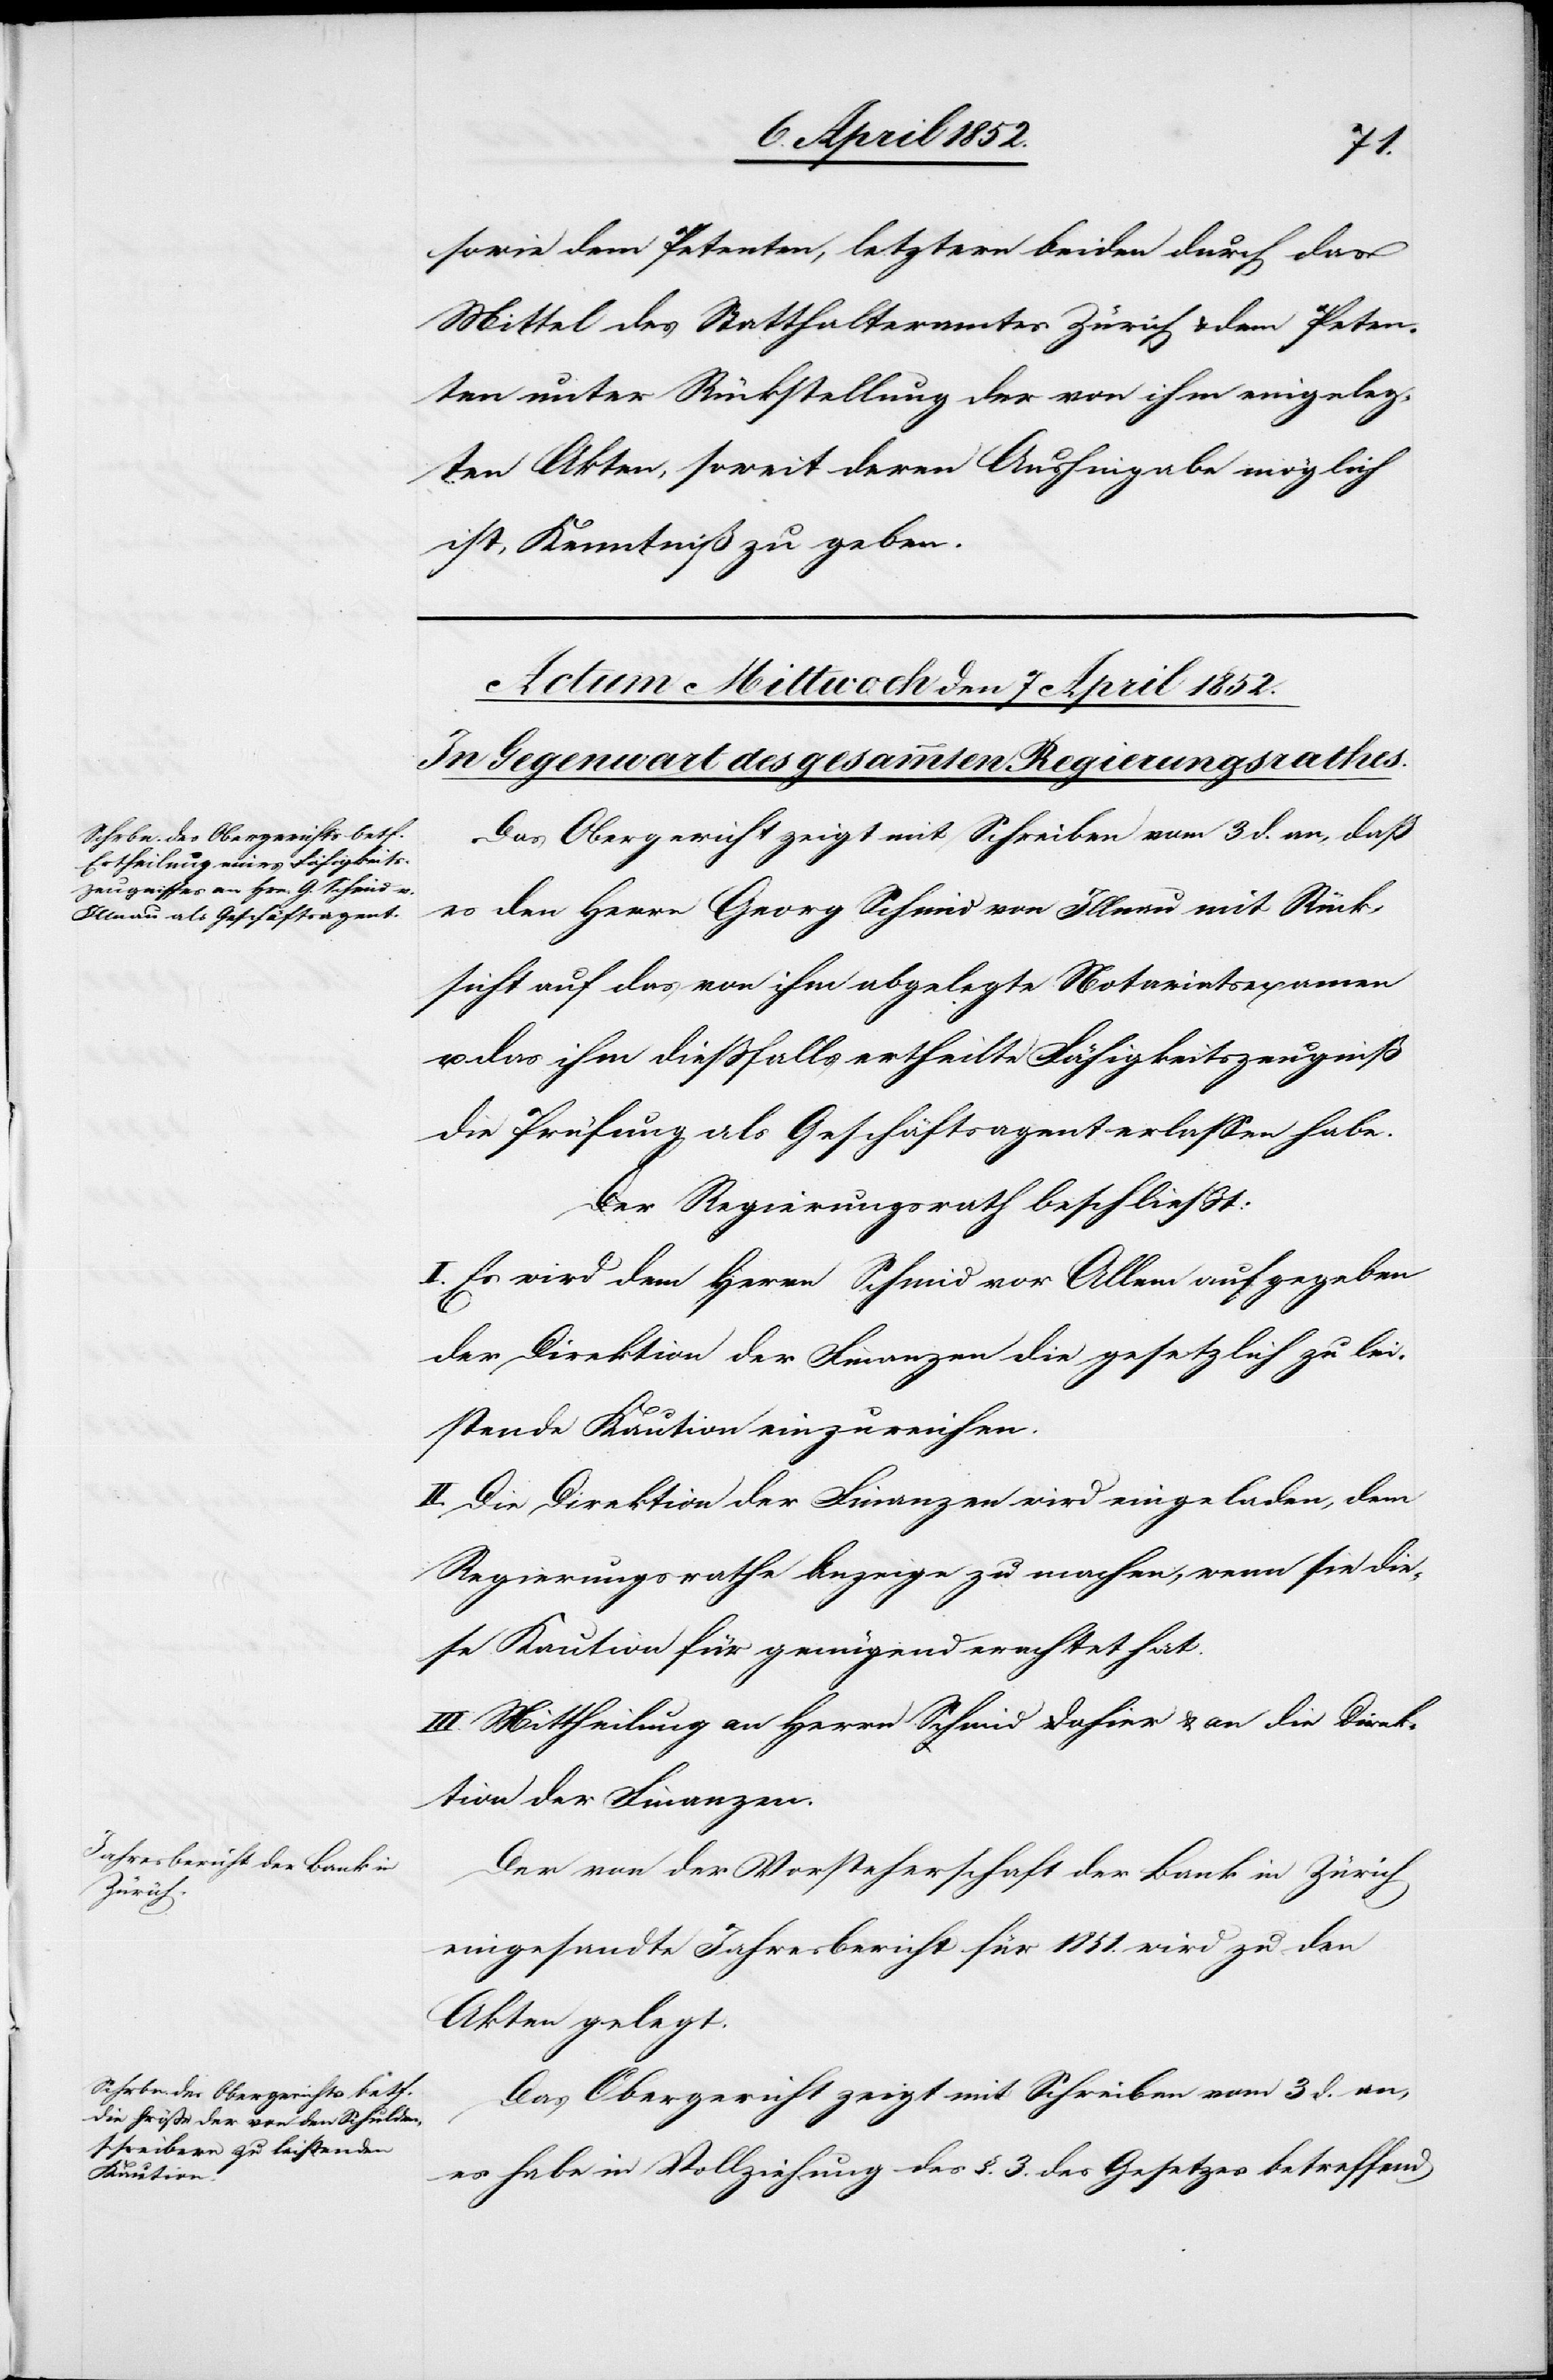
[rect¬

sowie dem Petenten, letztern beiden durch das
Mittel des Statthalteramtes Zürich & dem Peten¬
ten unter Rückstellung der von ihm eingeleg¬
ten Akten, soweit deren Aushingabe möglich
ist, Kenntniß zu geben.
Das Obergericht zeigt mit Schreiben vom 3 d. an, daß
e: dem] Herrn Georg Schmid von Illnau mit Rück¬
sicht auf das von ihm abgelegte Notariatsexamen
u. das ihm dießfalls ertheilte Fähigkeitszeugniß
die Prüfung als Geschäftsagent erlassen habe.
Der Regierungsrath beschließt:
I. Es wird dem Herrn Schmid vor Allem aufgegeben
der Direktion der Finanzen die gesetzlich zu lei¬
stende Kaution einzureichen.
II. Die Direktion der Finanzen wird eingeladen, dem
Regierungsrathe Anzeige zu machen, wenn sie die¬
se Kaution für genügend erachtet hat.
III. Mittheilung an Herrn Schmid dahier & an die Direk¬
tion der Finanzen.
Der von der Vorsteherschaft der Bank in Zürich
eingesandte Jahresbericht für 1851. wird zu den
Akten gelegt.
Das Obergericht zeigt mit Schreiben vom 3 d. an,
es habe in Vollziehung des §. 3. des Gesetzes betreffend